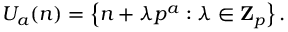
U _ { a } ( n ) = \left\{ n + \lambda p ^ { a } : \lambda \in \mathbf { Z } _ { p } \right\} .